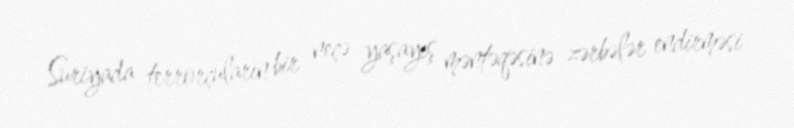
Suriyada terrorçuların bir neçə yaşayış məntəqəsinə zərbələr endirməsi